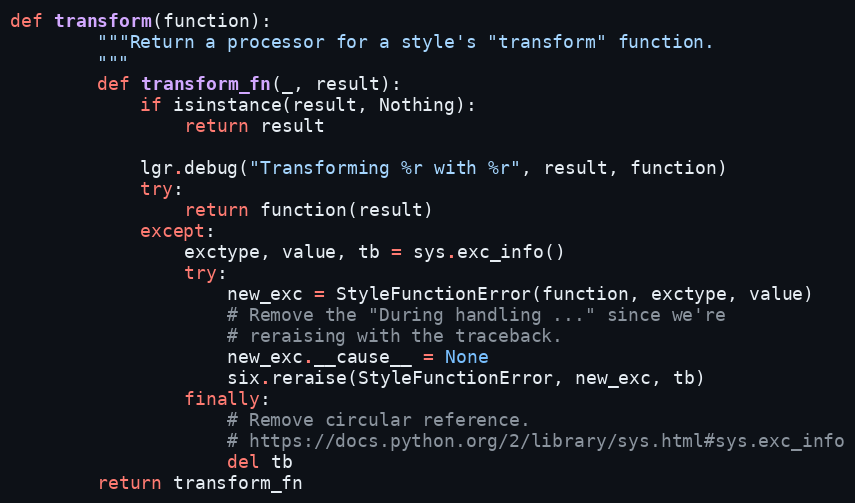
Language: Python
def transform(function):
        """Return a processor for a style's "transform" function.
        """
        def transform_fn(_, result):
            if isinstance(result, Nothing):
                return result

            lgr.debug("Transforming %r with %r", result, function)
            try:
                return function(result)
            except:
                exctype, value, tb = sys.exc_info()
                try:
                    new_exc = StyleFunctionError(function, exctype, value)
                    # Remove the "During handling ..." since we're
                    # reraising with the traceback.
                    new_exc.__cause__ = None
                    six.reraise(StyleFunctionError, new_exc, tb)
                finally:
                    # Remove circular reference.
                    # https://docs.python.org/2/library/sys.html#sys.exc_info
                    del tb
        return transform_fn